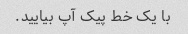
با یک خط پیک آپ بیایید.